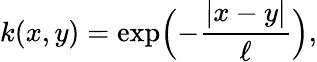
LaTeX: k(x,y)=\exp\Bigl(-\frac{|x-y|}{\ell}\Bigr),